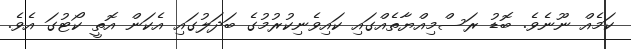
ކަމެއް ނޫނެވެ. ބޮޑު ރަސްމިއްޔާތެއްގައި ކައިވެނިކުރުމުގެ ބަދަލުގައި އެކަން އޮތީ ކޯޓުގަ އެވެ.